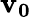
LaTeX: \mathbf{v_{0}}